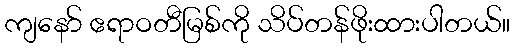
ကျနော် ဧရာဝတီမြစ်ကို သိပ်တန်ဖိုးထားပါတယ်။